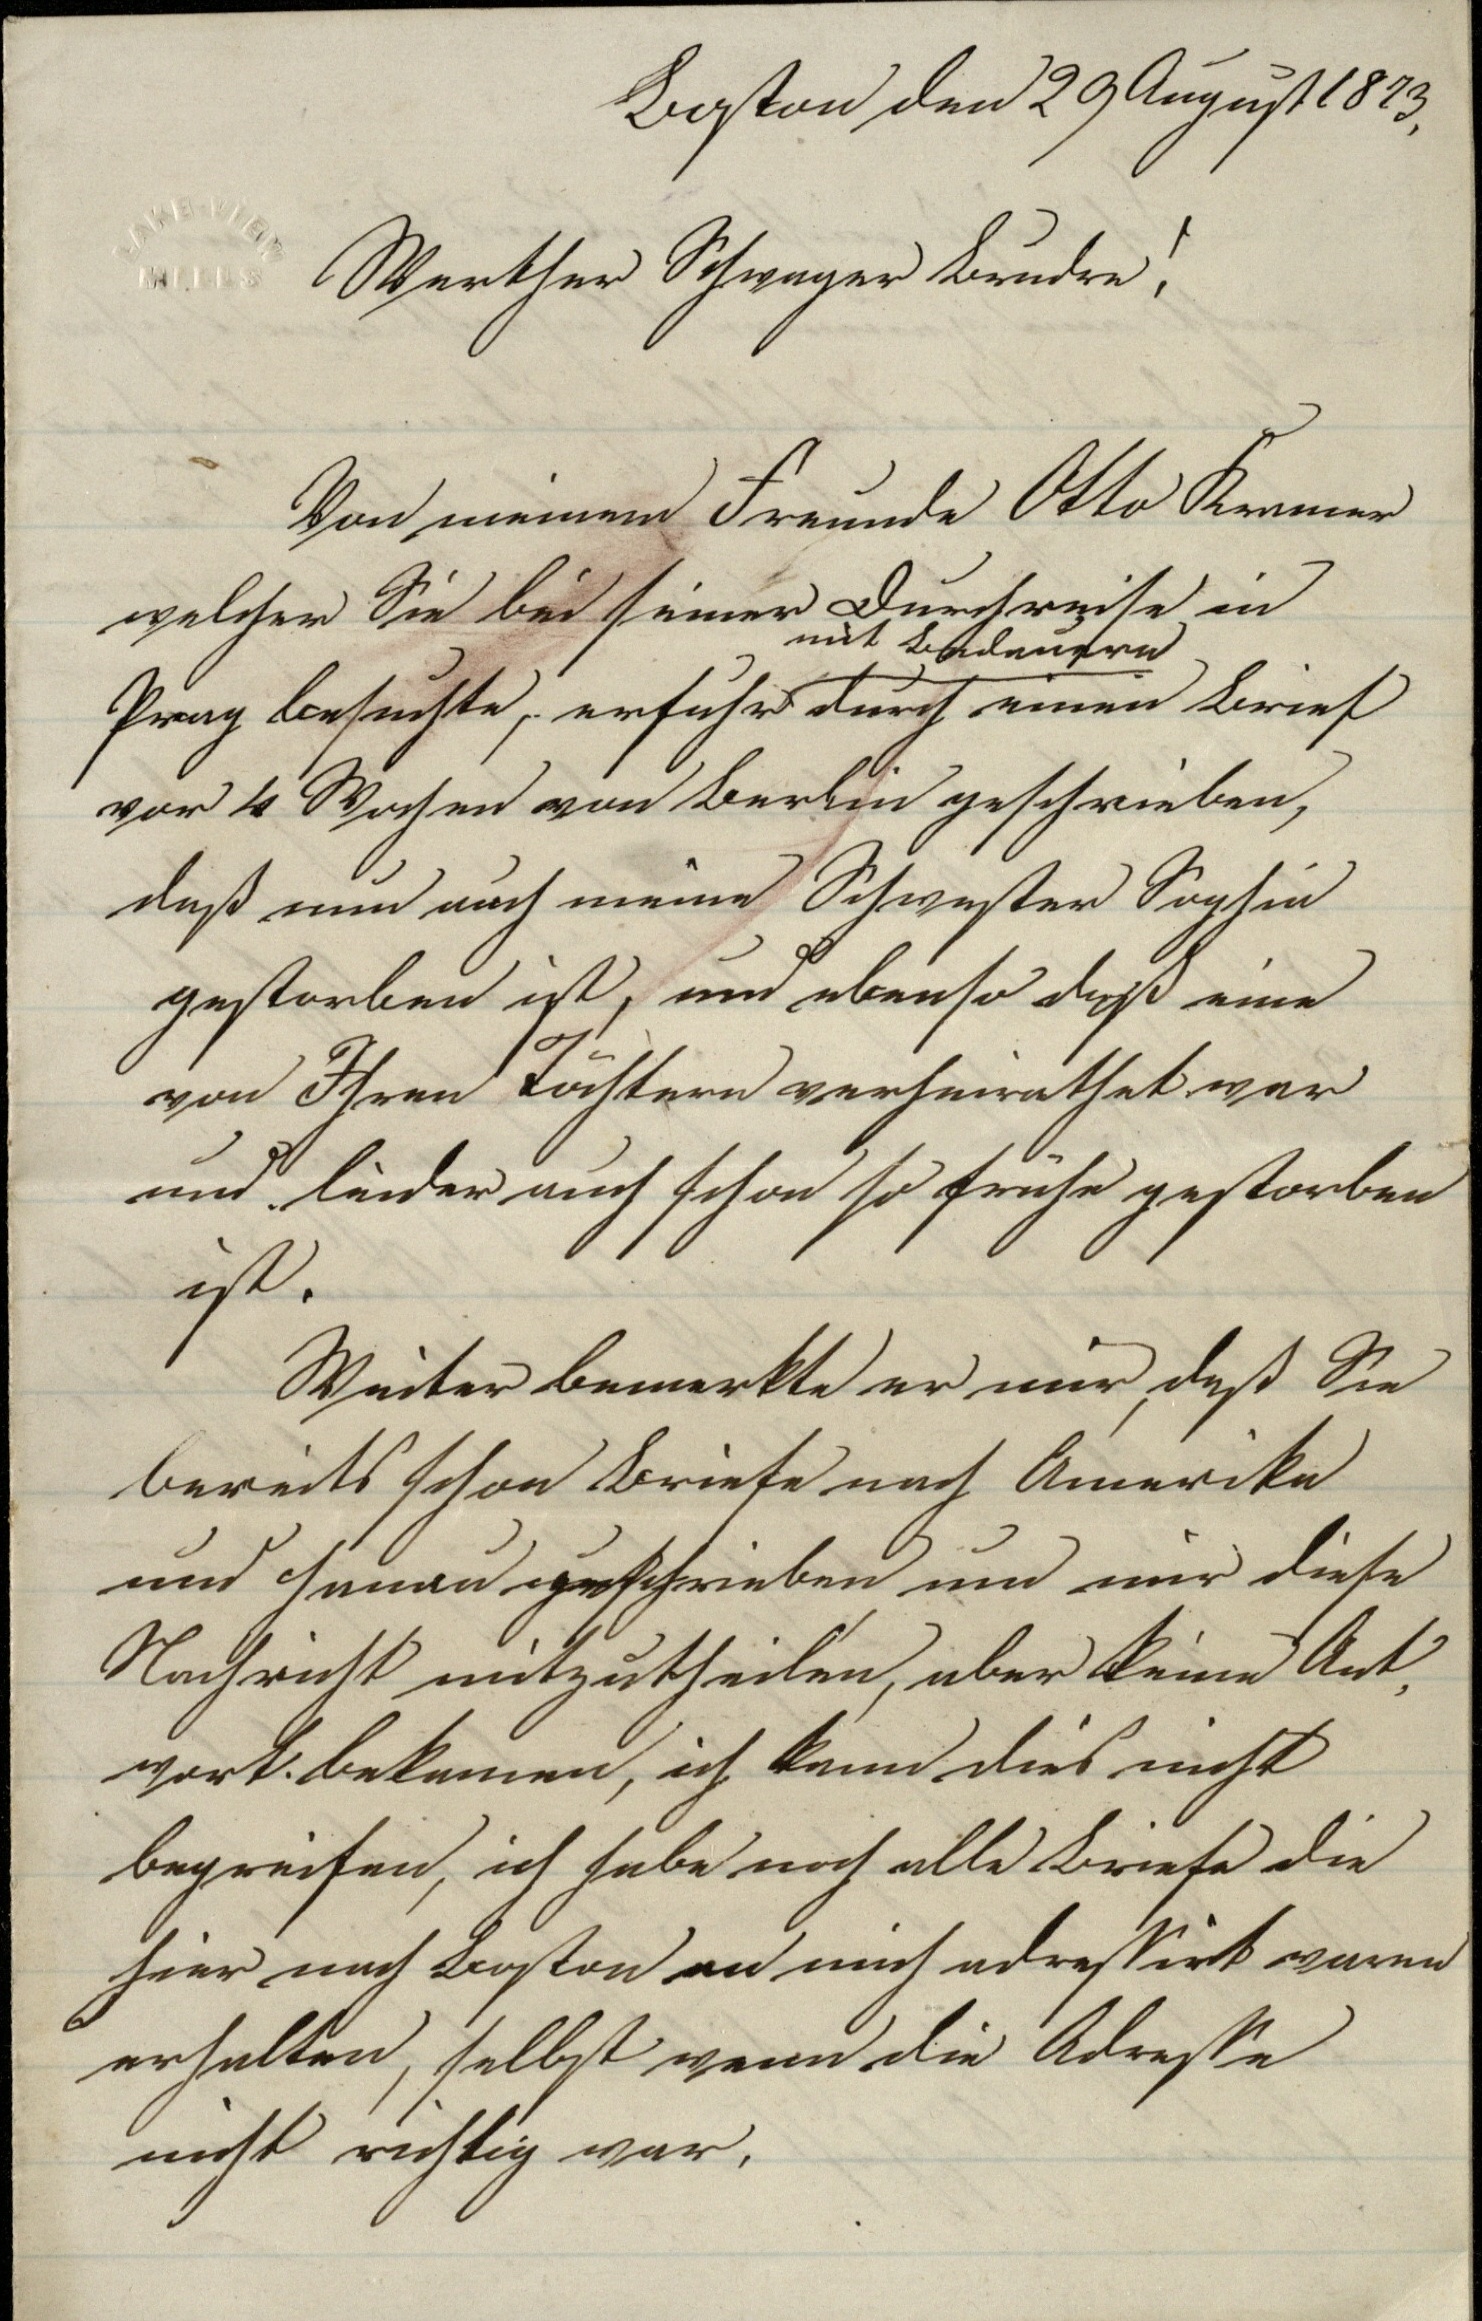
Boston den 29 August 1873,
Werther Schwager Bruder!
Von meinem Freunde Otto Kremer
welcher Sie bei seiner Durchreise in
Prag besuchte, erfuhr mit Bedauern durch einen Brief
vor 4 Wochen von Berlin geschrieben,
daß nun auch meine Schwester Sophie
gestorben ist, und ebenso daß eine
von Ihren Töchtern verheirathet war
und leider auch schon so frühe gestorben
ist.
Weiter bemerkte er mir, daß Sie
bereits schon Briefe nach Amerika
und Hanau geschrieben um mir diese
Nachricht mitzutheilen, aber keine Ant¬
wort bekamen, ich kann dies nicht
begreifen, ich habe noch alle Briefe die
hier nach Boston an mich adressiert waren
erhalten, selbst wenn die Adresse
nicht richtig war.